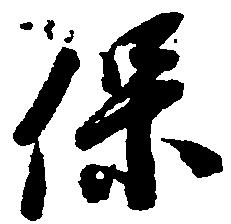
保